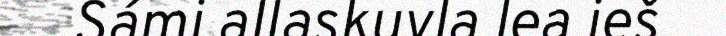
Sámi allaskuvla lea ieš